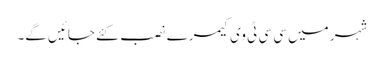
شہر میں سی سی ٹی وی کیمرے نصب کئے جائیں گے۔